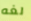
لغه